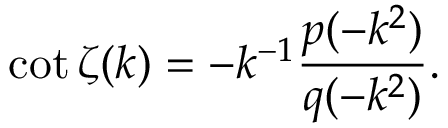
\cot \zeta ( k ) = - k ^ { - 1 } \frac { p ( - k ^ { 2 } ) } { q ( - k ^ { 2 } ) } .